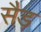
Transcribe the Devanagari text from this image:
सैड़